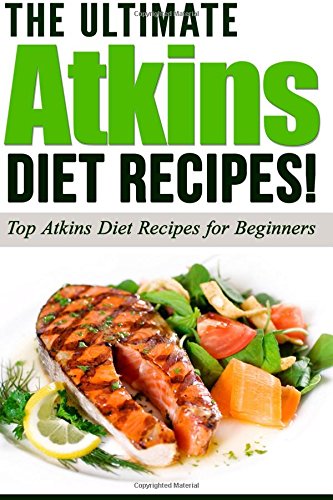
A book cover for ATKINS: The Ultimate ATKINS Diet Recipes!: Top Atkins Diet Recipes for Beginners (Lose Weight Now!) (Volume 1); Life Changing Diets; Health, Fitness & Dieting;